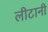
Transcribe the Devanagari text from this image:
लीटानी